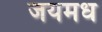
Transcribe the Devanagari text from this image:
जयमध